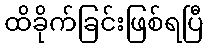
ထိခိုက်ခြင်းဖြစ်ရပြီ